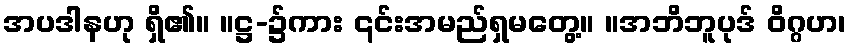
အပဒါနဟု ရှိ၏။ ။ဋ္ဌ-၌ကား ၎င်းအမည်ရှမတွေ့။ ။အဘိဘူပုဒ် ဝိဂ္ဂဟ၊